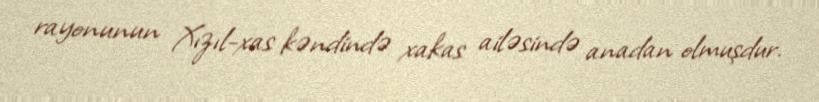
rayonunun Xızıl-xas kəndində xakas ailəsində anadan olmuşdur.